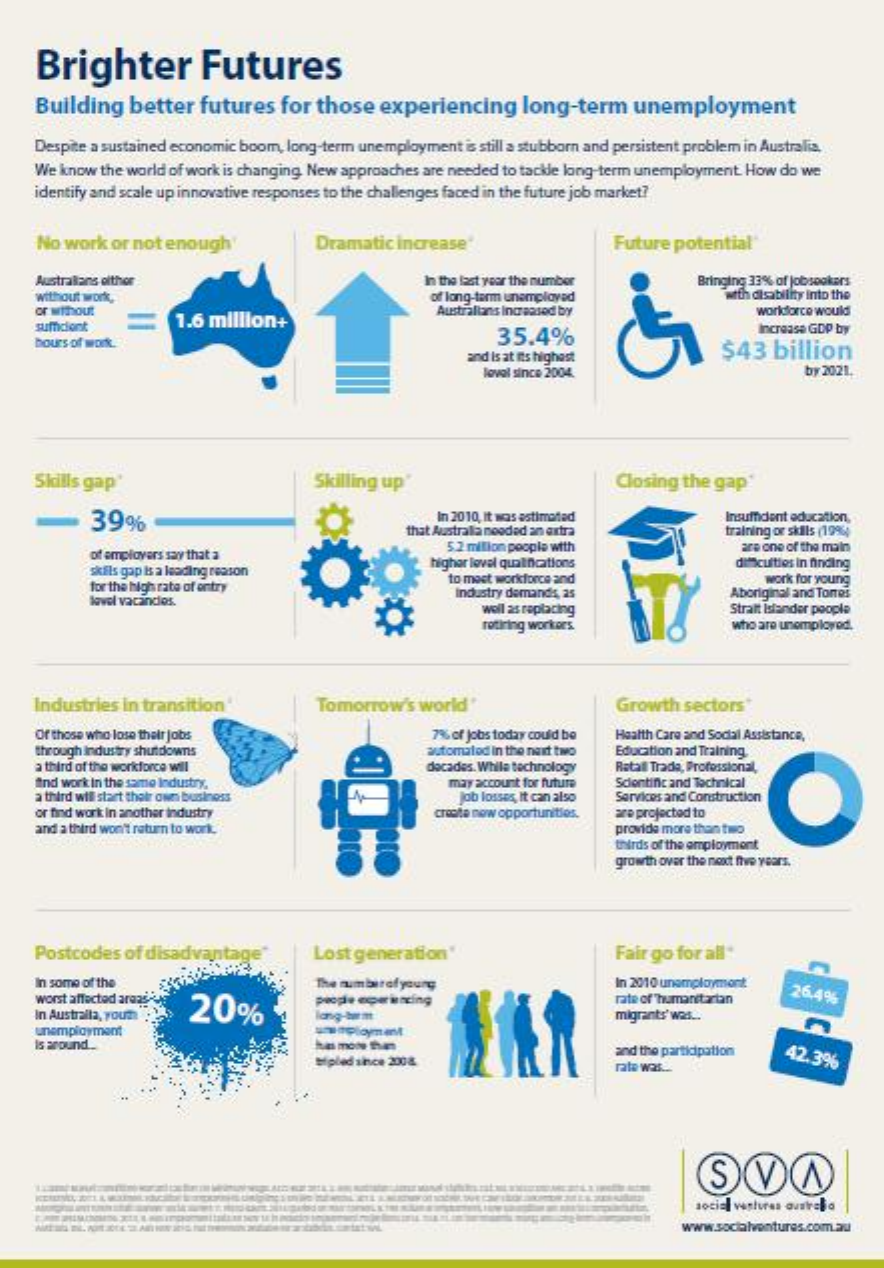
Brighter    Futures
     Building   better   futures   for  those   experiencing    long-term    unemployment
     Despite a sustained economic boom, long-term unemployment is still a stubborn and persistent problem in Australia,
     We know the world of work is changing. New approaches are needed to tackle long-term unemployment. How do we
     identify and scale up innovative responses to the challenges faced in the future job market?
     No work  or not enough"    Dramatic  increase"    Future  potential
     Australians olthor    In the last year the number
     without work,    of long-term unemployed
     Bringing 33% of jobsogkars
     with disability Into the
     or without
     1.6 million+
     Australians Increased by    workforce would
     sufficient
     hours of work.    35.4%    Increase GDP by
     and Is at its highest    $43   billion
     loval since 2004.    by 2021.
     Skills gap"    Skilling up    Closing the gap"
     -    39%    In 2010, It was estimated
     that Australia nooded an extra
     Insufficient education,
     training or skills (19%)
     of employers sary that a
     5.2 million people with
     skils gap Is a leading reason    higher level qualifications
     are one of the main
     difficulties in finding
     for the high rate of entry
     to most workforce and    work for young
     level vacances.
     Industry demands, as    Aboriginal and Tores
     well as replacing    Strait Islander people
     rotiring workers.    who are unemployed.
    Industries  in transition    Tomorrow's   world"    Growth  sectors
     Of those who lose their jobs    7% of jobs today could be Health Care and Social Assistance,
     through Industry shutdowns    automated in the next two Education and Training
     a third of the workforce will
     And work in the same Industry,
     decades. While technology Ratall Trada, Professional,
     a third will start their own business
     may account for future Scientific and Technical
     or find work in another industry
     Job losses, It can also
     create new opportunities.
     Services and Construction
     and a third won't return to work.
     are projected to
     provide more than two
     thirds of the employment
     growth over the next five years.
     Postcodes  of disadvantage"    Lost generation"    Fair go for all
     In some of the
     worst affectod araas
     20%
     The number of young    In 2010 unemployment
     In Australia, your
     people eper uncing    rate of "humanitarian  26,4%
     long-term
     unemployment
     migrants' was ..
     Is around ..
     Mpled since 200&
     and the participation 42.3%
     rate wat .:
     SVA
     social varturas ausral
     www.socialventures.com.au